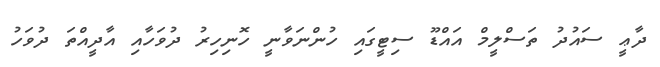
ދާޢީ ސައުުދު ތަސްލީމް އައްޑޫ ސިޓީގައި ހުންނަވާނީ ހޮނިހިރު ދުވަހާއި އާދީއްތަ ދުވަހު